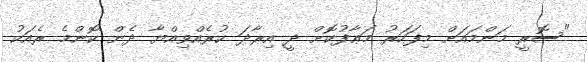
"ސޮރީ މަންމައަށް މިފަހަރު މަޢާފުކޮށް ދީ އިރާދަ ކުރެއްވިއްޔާ ދެން ކޮންމެ ރެއަކު